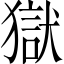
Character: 獄